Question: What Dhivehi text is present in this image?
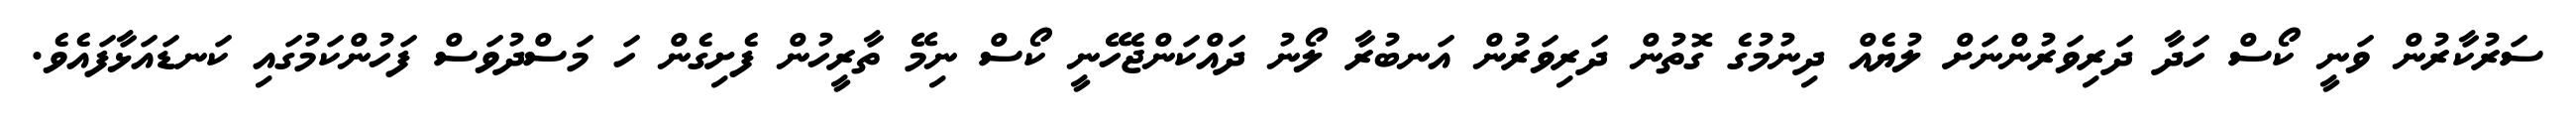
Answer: ސަރުކާރުން ވަނީ ކޯސް ހަދާ ދަރިވަރުންނަށް ލުޔެއް ދިނުމުގެ ގޮތުން ދަރިވަރުން އަނބުރާ ލޯނު ދައްކަންޖެހޭނީ ކޯސް ނިމޭ ތާރީހުން ފެށިގެން ހަ މަސްދުވަސް ފަހުންކަމުގައި ކަނޑައަޅާފައެވެ.